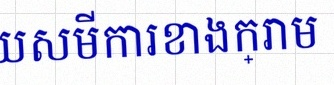
ដោះស្រាយសមីការខាងក្រោម